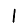
Digit: 1